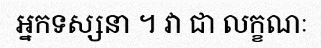
អ្នកទស្សនា ។ វា ជា លក្ខណៈ